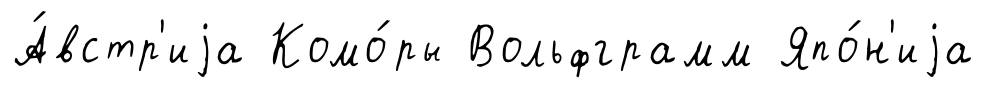
А́встр'иjа Комо́ры Вольфграмм Япо́н'иjа